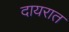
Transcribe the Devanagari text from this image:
दायरात